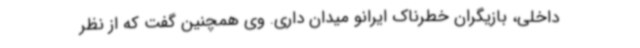
داخلی، بازیگران خطرناک ایرانو میدان داری. وی همچنین گفت که از نظر